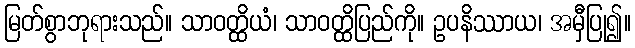
မြတ်စွာဘုရားသည်။ သာဝတ္ထိယံ၊ သာဝတ္ထိပြည်ကို။ ဥပနိဿာယ၊ အမှီပြု၍။